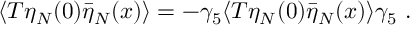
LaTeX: \langle T \eta _ { N } ( 0 ) \bar { \eta } _ { N } ( x ) \rangle = - \gamma _ { 5 } \langle T \eta _ { N } ( 0 ) \bar { \eta } _ { N } ( x ) \rangle \gamma _ { 5 } \ .